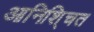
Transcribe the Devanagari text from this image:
आनिशि्चत